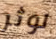
لوثر